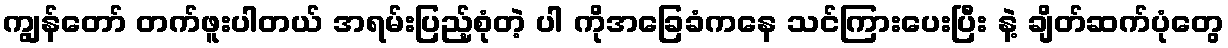
ကျွန်တော် တက်ဖူးပါတယ် အရမ်းပြည့်စုံတဲ့ ပါ ကိုအခြေခံကနေ သင်ကြားပေးပြီး နဲ့ ချိတ်ဆက်ပုံတွေ